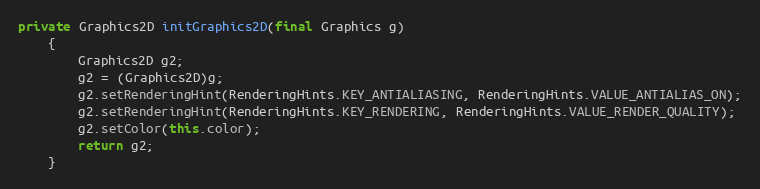
Language: Java
private Graphics2D initGraphics2D(final Graphics g)
	{
		Graphics2D g2;
		g2 = (Graphics2D)g;
		g2.setRenderingHint(RenderingHints.KEY_ANTIALIASING, RenderingHints.VALUE_ANTIALIAS_ON);
		g2.setRenderingHint(RenderingHints.KEY_RENDERING, RenderingHints.VALUE_RENDER_QUALITY);
		g2.setColor(this.color);
		return g2;
	}